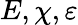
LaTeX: E,\chi,\varepsilon